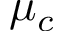
\mu _ { c }